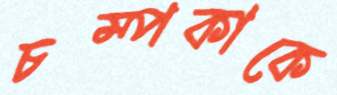
চম্পকাকে